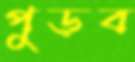
পুড়ব